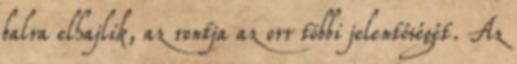
balra elhajlik, az rontja az orr többi jelentőségét. Az